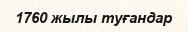
1760 жылы туғандар